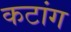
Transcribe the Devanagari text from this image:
कटांग